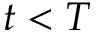
t < T